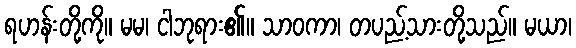
ရဟန်းတို့ကို။ မမ၊ ငါဘုရား၏။ သာဝကာ၊ တပည့်သားတို့သည်။ မယာ၊